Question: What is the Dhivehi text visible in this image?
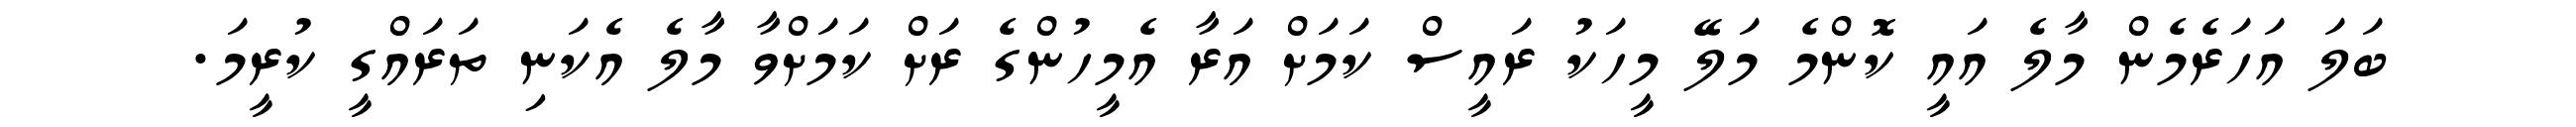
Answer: ބަލަ އަހަރެމެން މާލެ އައީ ކޮންމެ މަލޭ މީހަކު ރައީސް ކަމަށް އަރާ އެމީހުންގެ ރަށް ކަމަށްވާ މާލެ އެކަނި ތަރައްގީ ކުރީމަ.